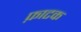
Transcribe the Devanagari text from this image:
फ़ाटक